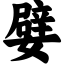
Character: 嬖